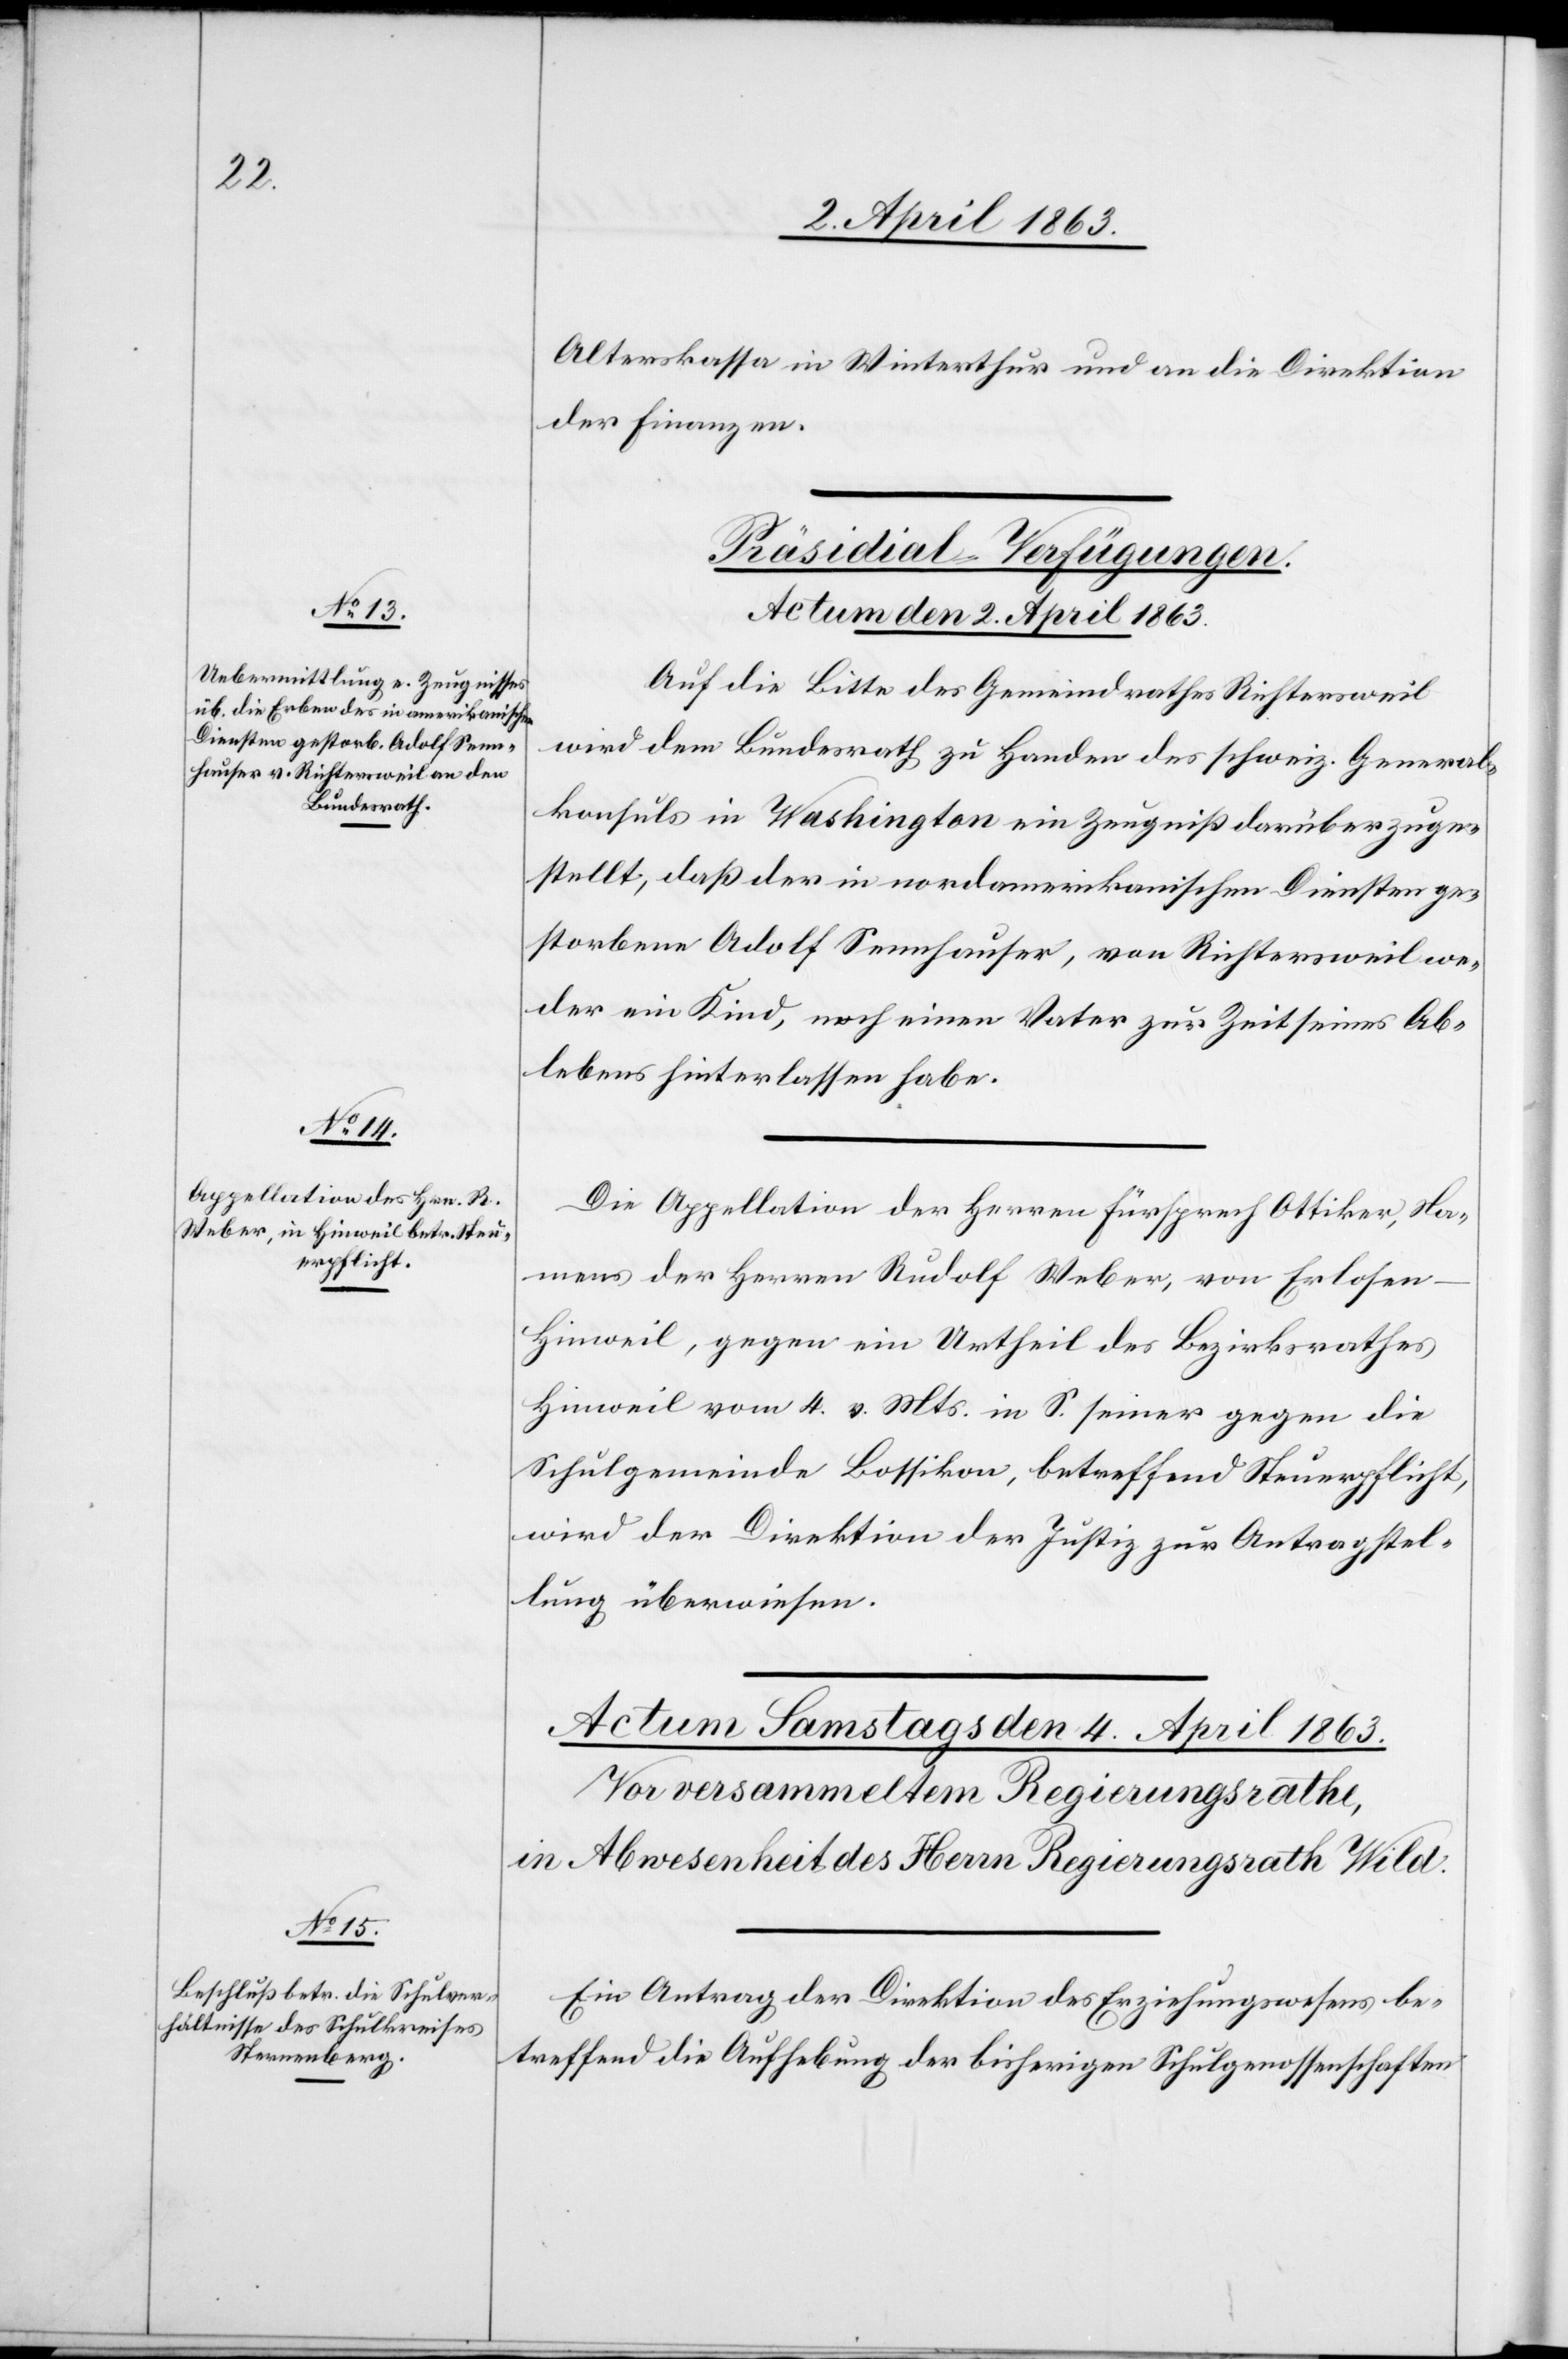
Alterskassa in Winterthur und an die Direktion
der Finanzen.
[Präsidial-Verfügungen.
Actum den 2. April 1863.]
Auf die Bitte des Gemeindrathes Richtersweil
wird dem Bundesrath zu Handen des schweiz. General¬
konsuls in Washington ein Zeugniß darüber zuge¬
stellt, daß der in nordamerikanischen Diensten ge¬
storbene Adolf Sennhauser, von Richtersweil we¬
der ein Kind, noch einen Vater zur Zeit seines Ab¬
lebens hinterlassen habe.
Die Appellation der Herren Fürsprech Ottiker, Na¬
mens der Herren Rudolf Weber, von Erlosen
Hinweil, gegen ein Urtheil des Bezirksrathes
Hinweil vom 4. v. Mts. in S. seiner gegen die
Schulgemeinde Bossikon, betreffend Steuerpflicht,
wird der Direktion der Justiz zur Antragstel¬
lung überwiesen.
Ein Antrag der Direktion des Erziehungswesens be¬
treffend die Aufhebung der bisherigen Schulgenossenschaften